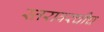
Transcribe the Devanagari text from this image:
स्तरावरचीच